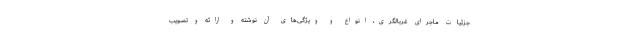
جزئیات ماجرای غربالگری، انواع و ویژگی‌های آن نوشته و ارائه و تصویب